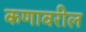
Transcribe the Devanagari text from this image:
कणावरील